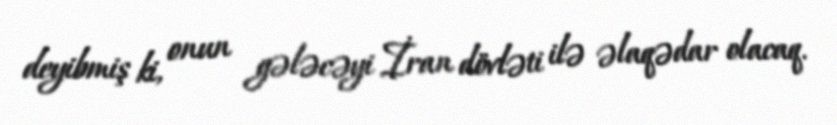
deyibmiş ki, onun gələcəyi İran dövləti ilə əlaqədar olacaq.